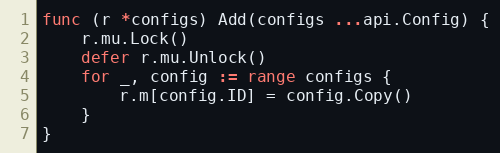
Language: Go
func (r *configs) Add(configs ...api.Config) {
	r.mu.Lock()
	defer r.mu.Unlock()
	for _, config := range configs {
		r.m[config.ID] = config.Copy()
	}
}